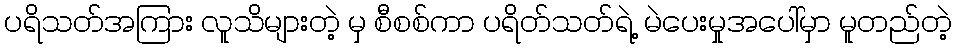
ပရိသတ်အကြား လူသိများတဲ့ မှ စီစစ်ကာ ပရိတ်သတ်ရဲ့ မဲပေးမှုအပေါ်မှာ မူတည်တဲ့